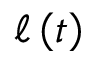
{ \displaystyle \ell \left( t \right) }